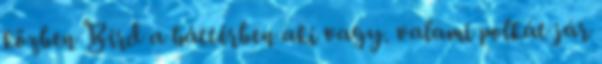
közben Bird a háttérben aki vagy. valami polkát jár